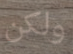
ولكن